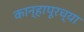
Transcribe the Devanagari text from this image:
कान्हापूरच्या